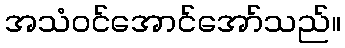
အသံဝင်အောင်အော်သည်။